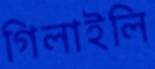
গিলাইলি